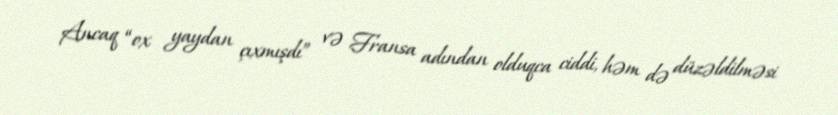
Ancaq “ox yaydan çıxmışdı” və Fransa adından olduqca ciddi, həm də düzəldilməsi